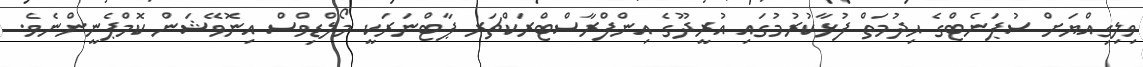
ވިލިގިއްޔަށް ސުޕަނެޓްގެ ޙިދުމަތް ފުޅާކުރުމުގައި އުރީދޫގެ އިންފްރާސްޓްރަކްޗަރ ޕާޓްނަރަކީ މޯލްޑިވްސް އިނޮވޭޝަން ކޮމްޕެނީންނެވެ.